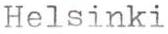
Helsinki